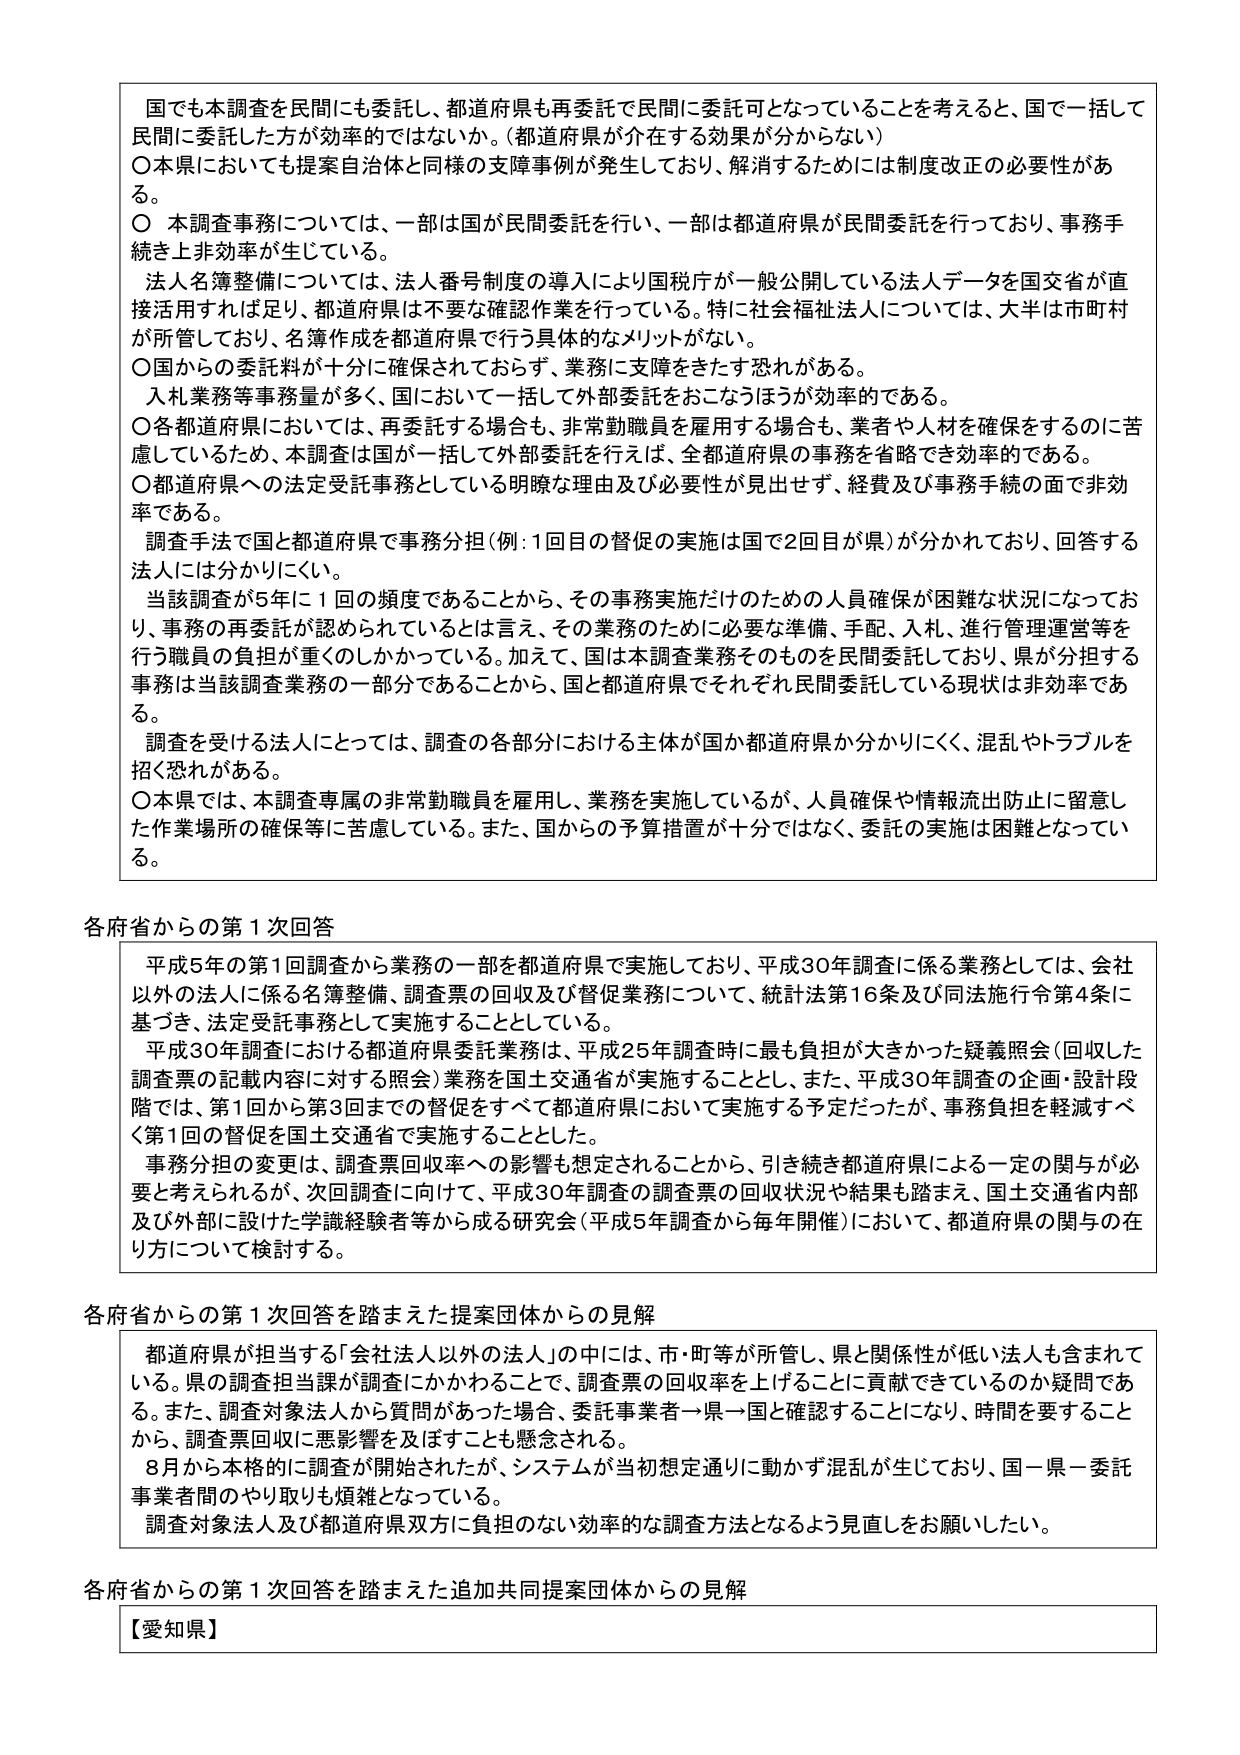
国でも本調査を民間にも委託し、都道府県も再委託で民間に委託可となっていることを考えると、国で一括して民間に委託した方が効率的ではないか。（都道府県が介在する効果が分からない）

〇本県においても提案自治体と同様の支障事例が発生しており、解消するためには制度改正の必要性がある。

〇本調査事務については、一部は国が民間委託を行い、一部は都道府県が民間委託を行っており、事務手続き上非効率が生じている。

法人名簿整備については、法人番号制度の導入により国税庁が一般公開している法人データを国交省が直接活用すれば足り、都道府県は不要な確認作業を行っている。特に社会福祉法人については、大半は市町村が所管しており、名簿作成を都道府県で行う具体的なメリットがない。

〇国からの委託料が十分に確保されておらず、業務に支障をきたす恐れがある。

入札業務等事務量が多く、国において一括して外部委託をおこなうほうが効率的である。

〇各都道府県においては、再委託する場合も、非常勤職員を雇用する場合も、業者や人材を確保をするのに苦慮しているため、本調査は国が一括して外部委託を行えば、全都道府県の事務を省略でき効率的である。

〇都道府県への法定受託事務としている明確な理由及び必要性が見出せず、経費及び事務手続の面で非効率である。

調査手法で国と都道府県で事務分担（例：1回目の督促の実施は国で2回目が県）が分かれており、回答する法人には分かりにくい。

当該調査が5年に1回の頻度であることから、その事務実施だけのための人員確保が困難な状況になっており、事務の再委託が認められているとは言え、その業務のために必要な準備、手配、入札、進行管理運営等を行う職員の負担が重くのしかかっている。加えて、国は本調査業務そのものを民間委託しており、県が分担する事務は当該調査業務の一部分であることから、国と都道府県でそれぞれ民間委託している現状は非効率である。

調査を受ける法人にとっては、調査の各部分における主体が国か都道府県か分かりにくく、混乱やトラブルを招く恐れがある。

〇本県では、本調査専属の非常勤職員を雇用し、業務を実施しているが、人員確保や情報流出防止に留意した作業場所の確保等に苦慮している。また、国からの予算措置が十分ではなく、委託の実施は困難となっている。

各府省からの第1次回答

平成5年の第1回調査から業務の一部を都道府県で実施しており、平成30年調査に係る業務としては、会社以外の法人に係る名簿整備、調査票の回収及び督促業務について、統計法第16条及び同法施行令第4条に基づき、法定受託事務として実施することとしている。

平成30年調査における都道府県委託業務は、平成25年調査時に最も負担が大きかった疑義照会（回収した調査票の記載内容に対する照会）業務を国土交通省が実施することとし、また、平成30年調査の企画・設計段階では、第1回から第3回までの督促をすべて都道府県において実施する予定だったが、事務負担を軽減すべく第1回の督促を国土交通省で実施することとした。

事務分担の変更は、調査票回収率への影響も想定されることから、引き続き都道府県による一定の関与が必要と考えられるが、次回調査に向けて、平成30年調査の調査票の回収状況や結果も踏まえ、国土交通省内及び外部に設けた学識経験者等から成る研究会（平成5年調査から毎年開催）において、都道府県の関与の在り方について検討する。

各府省からの第1次回答を踏まえた提案団体からの見解

都道府県が担当する「会社法人以外の法人」の中には、市・町等が所管し、県と関係性が低い法人も含まれている。県の調査担当課が調査にかかわることで、調査票の回収率を上げることに貢献できているのか疑問である。また、調査対象法人から質問があった場合、委託事業者→県→国と確認することになり、時間を要することから、調査票回収に悪影響を及ぼすことも懸念される。

8月から本格的に調査が開始されたが、システムが当初想定通りに動かず混乱が生じており、国→県→委託事業者間のやり取りも煩雑となっている。

調査対象法人及び都道府県双方に負担のない効率的な調査方法となるよう見直しをお願いしたい。

各府省からの第1次回答を踏まえた追加共同提案団体からの見解

【愛知県】